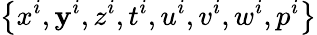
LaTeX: \left\{ x^{i},\mathbf{y}^{i},z^{i},t^{i},u^{i},v^{i},w^{i},p^{i}\right\}